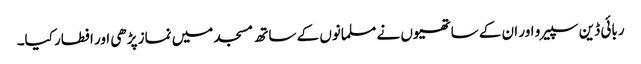
ربائی ڈین سپیر و اور ان کے ساتھیوں نے مسلمانوں کے ساتھ مسجد میں نماز پڑھی اور افطار کیا۔